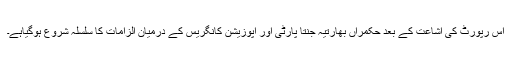
اس رپورٹ کی اشاعت کے بعد حکمراں بھارتیہ جنتا پارٹی اور اپوزیشن کانگریس کے درمیان الزامات کا سلسلہ شروع ہوگیاہے۔